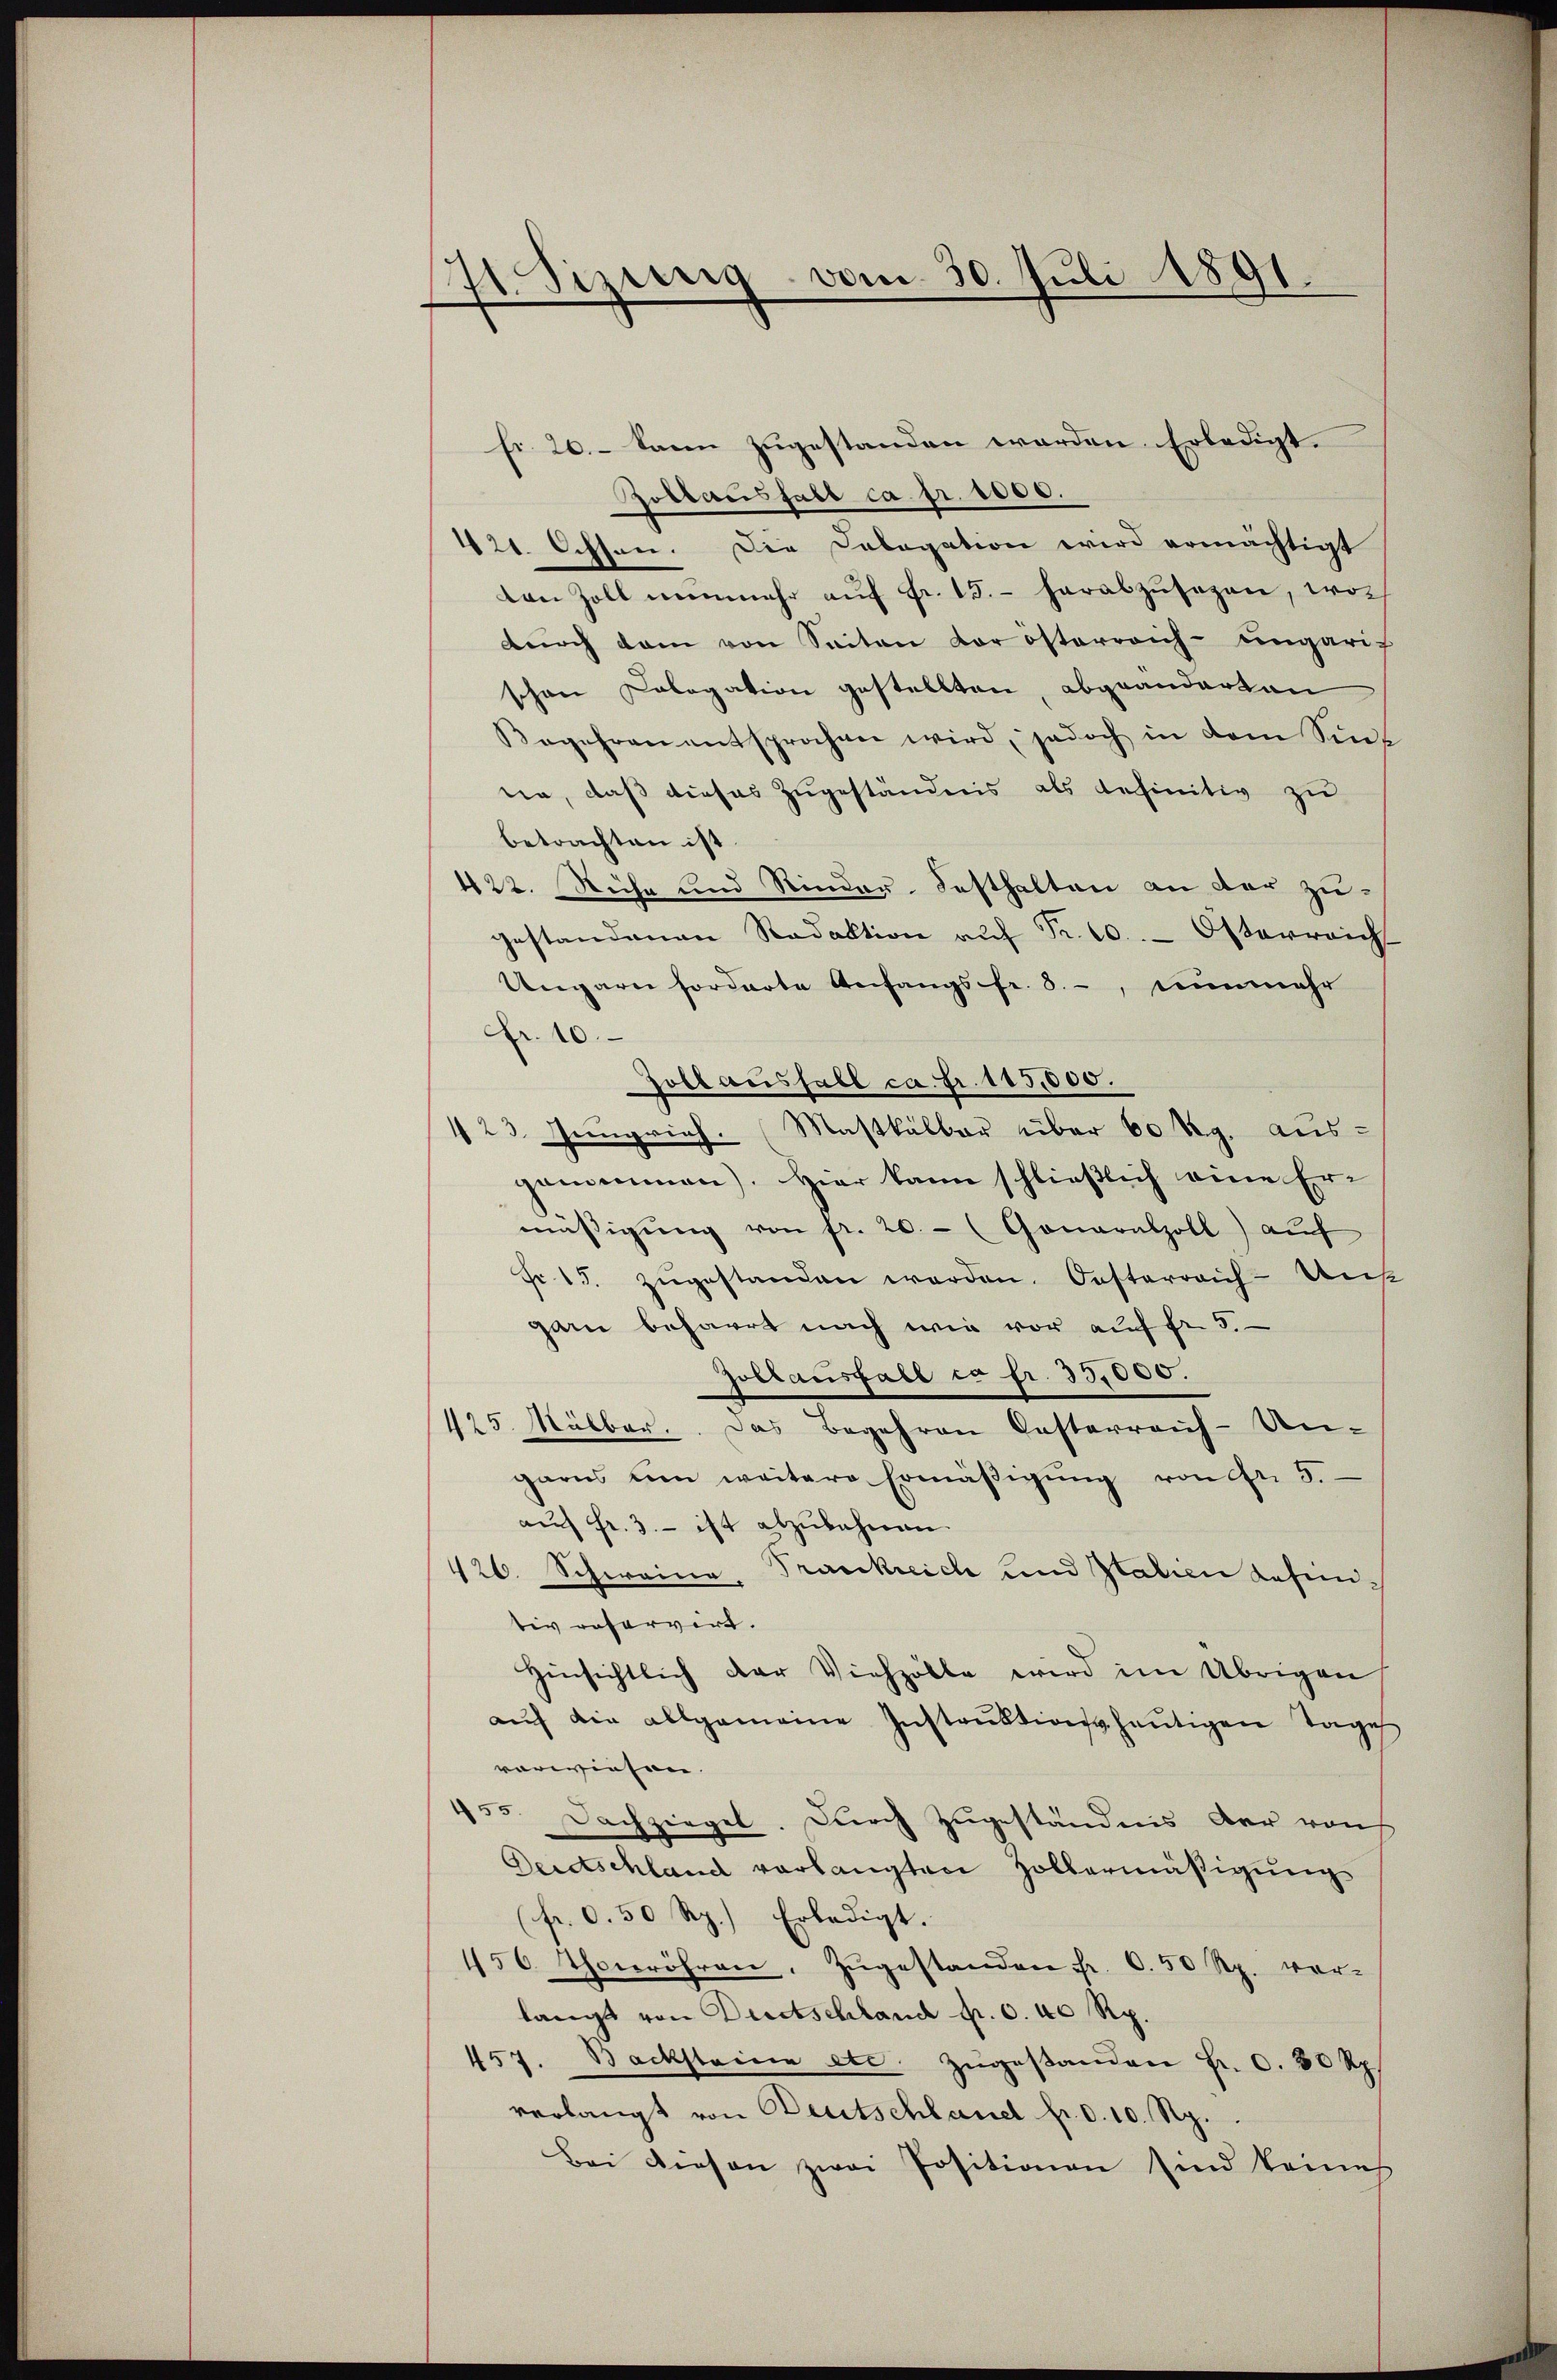
71. Sizung vom 30. Juli 1891.

fr. 20. – kann zugestanden werden Erledigt.
Roblausfall ca Fr. 1000.
421. Ochsen. Die Cabogation wird ermächtigt
ton Zoll nunmehr aŭf Fr. 15. herabzŭsagen, wor
durch dem von Seiten der österreich-ungari-
schen Cologation gestellten, abgeänderten
Begehren entsprochen wird, jedoch in dem Sint
nin, daß dieses Zugeständnis als definitiv zu
betrachten ist.
422. Siche und Rindau-Festhalten an der zu-
gestandenen Redaktion aŭf Fr. 10. Österreich
Ungarn forderte Anfangsfr. 8.-, nunmehr
Fr. 10.
Goll ausfall ca Fr. 115,000.
123. Junprich. (Maskälber über 60 Rg. aus-
genommen). Hier kann schließlich eine Ermüssigŭng von fr. 20.- (Gonaralzoll) auf
Fr. 15. zŭgestanden werden. Oesterreich-Unt
garn beharrt nach wie vor auf fr. 5.
Gollausfall es fr. 33,000.
425. Mälber. Das Begehren Casterreich-Ungarns um weitere Ermäβigŭng von fr. 5.
aŭf fr. 3. - ist abzubahnen.
426. Schweine, Trankreich und Italien Kosen-
tiv reservirt.
Hinsichtlich der Viehzolle wird im Übrigen
aŭf die allgemeine Instrŭktion heŭtigen Tages
vorwiesen. |
455. Dachziegel. Durch Zugeständnis der raus
Deutschland verlangten Zollermäßigung
(fr. 0.50 Rp.) Erledigt.
156. Thonröhren, Zugestanden sr. 0.50 Rp. vor-
langt von Duetschland pr. c. 40 Rp.
457. Backsteine etc. zŭgestanden fr. C. 30 Rp.
verlangt von Deutschland fr. d. 10. Rp.
Bei diesen zwei Positionen sind keine